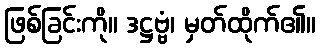
ဖြစ်ခြင်းကို။ ဒဋ္ဌဗ္ဗံ၊ မှတ်ထိုက်၏။